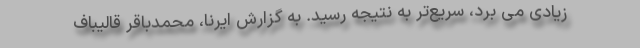
زیادی می برد، سریع‌تر به نتیجه رسید. به گزارش ایرنا، محمدباقر قالیباف